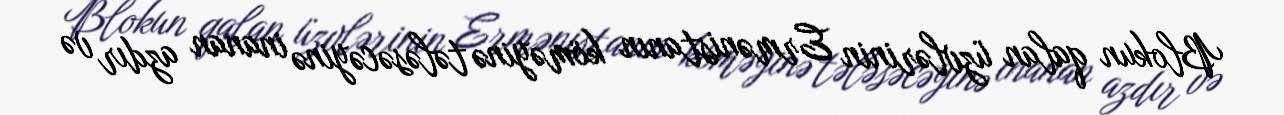
Blokun qalan üzvlərinin Ermənistanın köməyinə tələsəcəyinə inanan azdır və